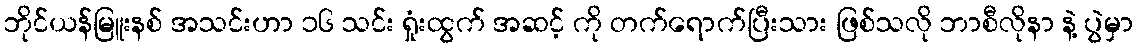
ဘိုင်ယန်မြူးနစ် အသင်းဟာ ၁၆ သင်း ရှုံးထွက် အဆင့် ကို တက်ရောက်ပြီးသား ဖြစ်သလို ဘာစီလိုနာ နဲ့ ပွဲမှာ